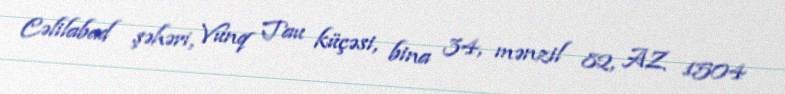
Cəlilabad şəhəri, Vunq Tau küçəsi, bina 34, mənzil 82, AZ 1504